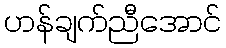
ဟန်ချက်ညီအောင်